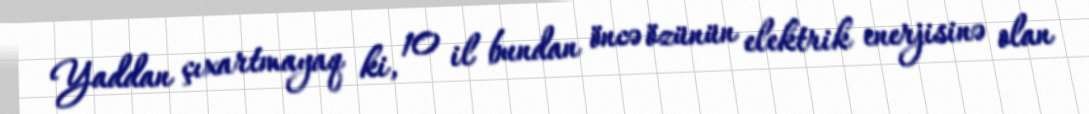
Yaddan çıxartmayaq ki, 10 il bundan öncə özünün elektrik enerjisinə olan